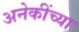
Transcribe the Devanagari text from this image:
अनेकींच्या